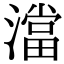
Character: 澢